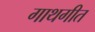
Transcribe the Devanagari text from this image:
गाथगीत